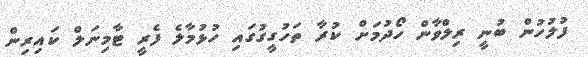
ފުލުހުން ބުނީ ރިލްވާން ހޯދުމަށް ކުރާ ތަހުގީގުގައި ހުޅުމާލެ ފެރީ ޓާމިނަލް ކައިރިން